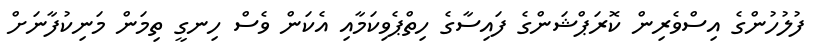
ފުލުހުންގެ އިސްވެރިން ކޮރަޕްޝަންގެ ފައިސާގެ ހިތްޕެވިކަމާއި އެކަން ވެސް ހިނގީ ތިމަން މަނިކުފާނަށް